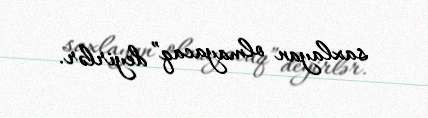
saxlayan olmayacaq” deyirlər.